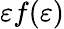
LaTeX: \varepsilon f(\varepsilon)